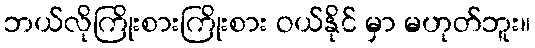
ဘယ်လိုကြိုးစားကြိုးစား ဝယ်နိုင် မှာ မဟုတ်ဘူး။